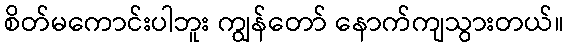
စိတ်မကောင်းပါဘူး ကျွန်တော် နောက်ကျသွားတယ်။